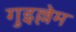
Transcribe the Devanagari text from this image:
गुइल्लेम